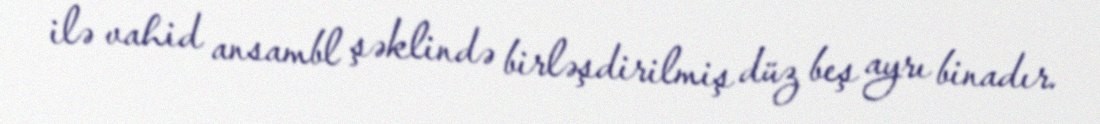
ilə vahid ansambl şəklində birləşdirilmiş düz beş ayrı binadır.